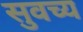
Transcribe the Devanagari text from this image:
सुवच्य